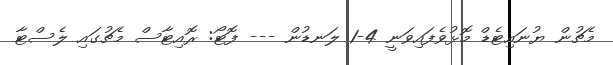
މެޗުން ޔުނައިޓެޑް މޮޅުވެފައިވަނީ 4-1 ލަނޑުން --- ފޮޓޯ: ރޮއިޓާސް މެޗުގައި ލެސްޓާ